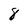
Character: 8